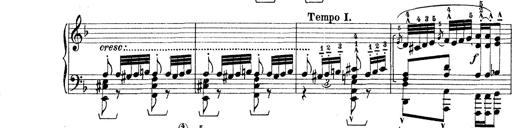
Title: Rapsodie: 19 ungheresi, 1 spagnuola
Composer: Franz Liszt